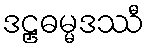
ဒဠှဓမ္မဒဿီ